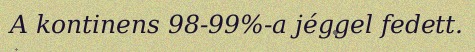
A kontinens 98-99%-a jéggel fedett.